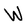
Character: W